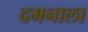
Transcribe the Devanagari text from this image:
दमनाला